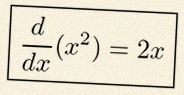
\frac{d}{dx}(x^2)=2x